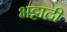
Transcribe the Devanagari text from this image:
भट्टाद्री